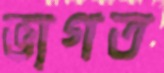
ভাগত